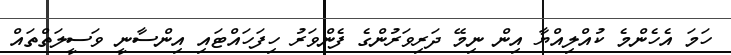
ހަމަ އެހެންމެ ކުއްލިއްޔާ އިން ނިމޭ ދަރިވަރުންގެ ފެންވަރު ހިފަހައްޓައި އިންސާނީ ވަސީލަތްތައް